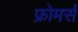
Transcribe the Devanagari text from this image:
फ्रोमर्स